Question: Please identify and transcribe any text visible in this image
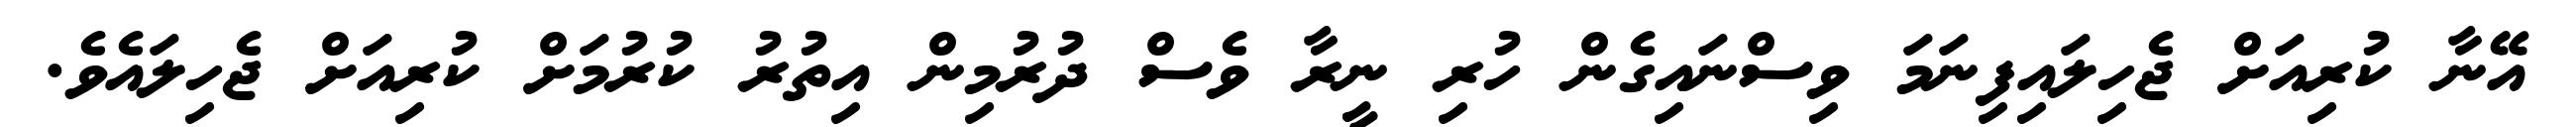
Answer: އޭނާ ކުރިއަށް ޖެހިލައިފިނަމަ ވިސްނައިގެން ހުރި ނީރާ ވެސް ދުރުމިން އިތުރު ކުރުމަށް ކުރިއަށް ޖެހިލައެވެ.